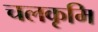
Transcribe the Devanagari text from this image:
चलकृमि